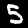
Label: 5